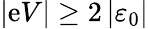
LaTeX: \vert\mathrm{e}V\vert\geq2\left\vert\varepsilon_{0}\right\vert